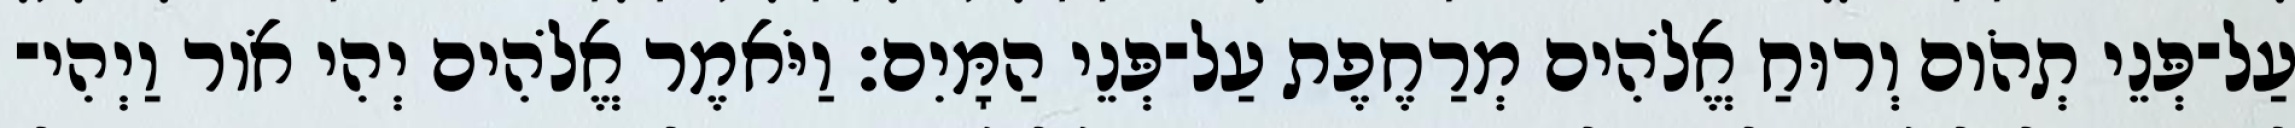
עַל־פְּנֵי תְהֹום וְרוּחַ אֱלֹהִים מְרַחֶפֶת עַל־פְּנֵי הַמָּיִם׃ וַיֹּאמֶר אֱלֹהִים יְהִי אֹור וַיְהִי־